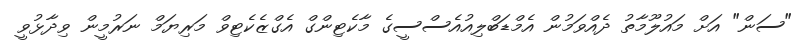
"ސަން" އަށް މައުލޫމާތު ދެއްވަމުން އެމްޑަބްލިއުއެސްސީގެ މާކެޓިންގް އެގްޒެކެޓިވް މަރިޔަމް ނަރުމީން ވިދާޅުވީ